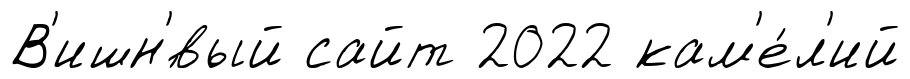
В'ишн'́вый сайт 2022 кам'е́л'ий